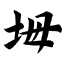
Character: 坶